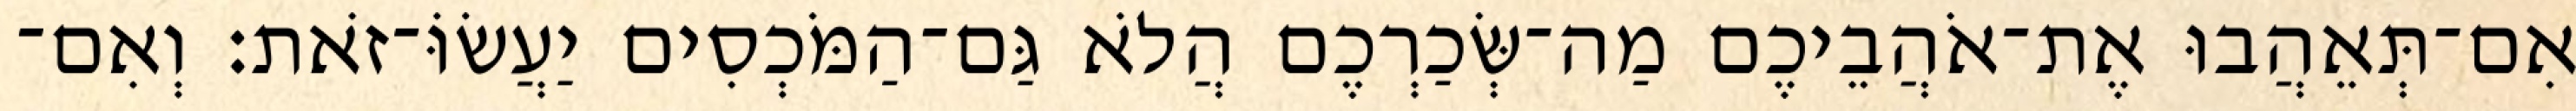
אִם־תְּאֵהֲבוּ אֶת־אֹהֲבֵיכֶם מַה־שְּׂכַרְכֶם הֲלֹא גַּם־הַמֹּכְסִים יַעֲשׂוֹּ־זֹאת׃ וְאִם־